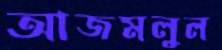
আজমলুল